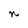
Character: n